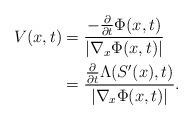
LaTeX: \begin{align*}V(x,t)&=\frac{-\frac{\partial}{\partial t}\Phi(x,t)}{|\nabla_x\Phi(x,t)|}\\&=\frac{\frac{\partial}{\partial t}\Lambda(S'(x),t)}{|\nabla_x\Phi(x,t)|}.\end{align*}